Report of the Imperial Institute of Veterinary Research, Muktesar
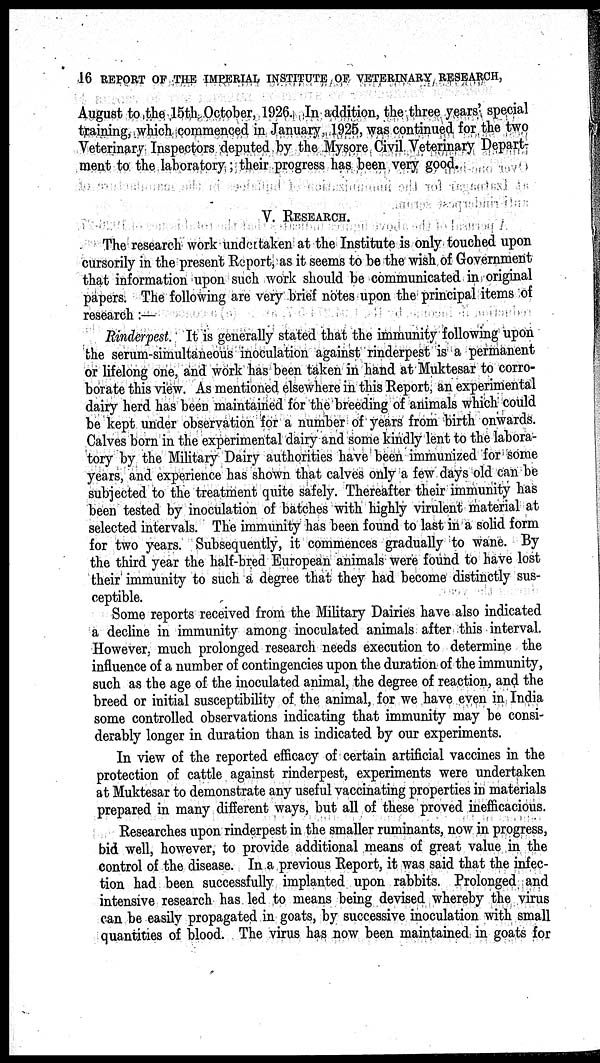
16 REPORT OF THE IMPERIAL INSTITUTE OF VETERINARY RESEARCH,
August to the 15th October, 1926. In addition, the three years' special
training, which commenced in January 1925, was continued for the two
Veterinary Inspectors deputed by the Mysore Civil Veterinary Depart-
ment to the laboratory; their progress has been very good.
V. RESEARCH.
The research work undertaken at the Institute is only touched upon
cursorily in the present Report, as it seems to be the wish of Government
that information upon such work should be communicated in original
papers. The following are very brief notes upon the principal items of
research:—
Rinderpest. It is generally stated that the immunity following upon
the serum-simultaneous inoculation against rinderpest is a permanent
or lifelong one, and work has been taken in hand at Muktesar to corro-
borate this view. As mentioned elsewhere in this Report, an experimental
dairy herd has been maintained for the breeding of animals which could
be kept under observation for a number of years from birth onwards.
Calves born in the experimental dairy and some kindly lent to the labora-
tory by the Military Dairy authorities have been immunized for some
years, and experience has shown that calves only a few days old can be
subjected to the treatment quite safely. Thereafter their immunity has
been tested by inoculation of batches with highly virulent material at
selected intervals. The immunity has been found to last in a solid form
for two years. Subsequently, it commences gradually to wane. By
the third year the half-bred European animals were found to have lost
their immunity to such a degree that they had become distinctly sus-
ceptible.
Some reports received from the Military Dairies have also indicated
a decline in immunity among inoculated animals after this interval.
However, much prolonged research needs execution to determine the
influence of a number of contingencies upon the duration of the immunity,
such as the age of the inoculated animal, the degree of reaction, and the
breed or initial susceptibility of the animal, for we have even in India
some controlled observations indicating that immunity may be consi-
derably longer in duration than is indicated by our experiments.
In view of the reported efficacy of certain artificial vaccines in the
protection of cattle against rinderpest, experiments were undertaken
at Muktesar to demonstrate any useful vaccinating properties in materials
prepared in many different ways, but all of these proved inefficacious.
Researches upon rinderpest in the smaller ruminants, now in progress,
bid well, however, to provide additional means of great value in the
control of the disease. In a previous Report, it was said that the infec-
tion had been successfully implanted upon rabbits. Prolonged and
intensive research has led to means being devised whereby the virus
can be easily propagated in goats, by successive inoculation with small
quantities of blood. The virus has now been maintained in goats for